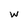
Character: W